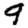
Digit: 9